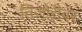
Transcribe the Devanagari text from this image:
तिजोरीवर